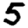
Digit: 5